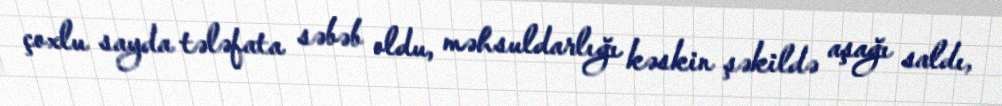
çoxlu sayda tələfata səbəb oldu, məhsuldarlığı kəskin şəkildə aşağı saldı,